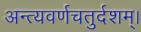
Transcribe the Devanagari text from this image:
अन्त्यवर्णचतुर्दशम्।